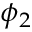
\phi _ { 2 }